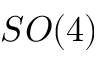
S O ( 4 )